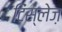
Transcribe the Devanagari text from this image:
टिंस्लेज़